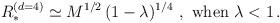
LaTeX: \begin{align*}R_*^{(d=4)} \simeq M^{1/2} \, (1-\lambda)^{1/4} \ , \ \hbox{when} \ \lambda < 1 \, .\end{align*}